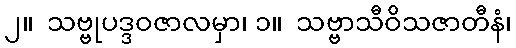
၂။  သဗ္ဗုပဒ္ဒဝဇာလမှာ၊ ၁။  သဗ္ဗာသီဝိသဇာတီနံ၊